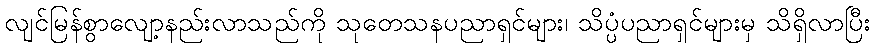
လျင်မြန်စွာလျော့နည်းလာသည်ကို သုတေသနပညာရှင်များ၊ သိပ္ပံပညာရှင်များမှ သိရှိလာပြီး